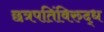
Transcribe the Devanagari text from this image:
छत्रपतिंविरुद्ध